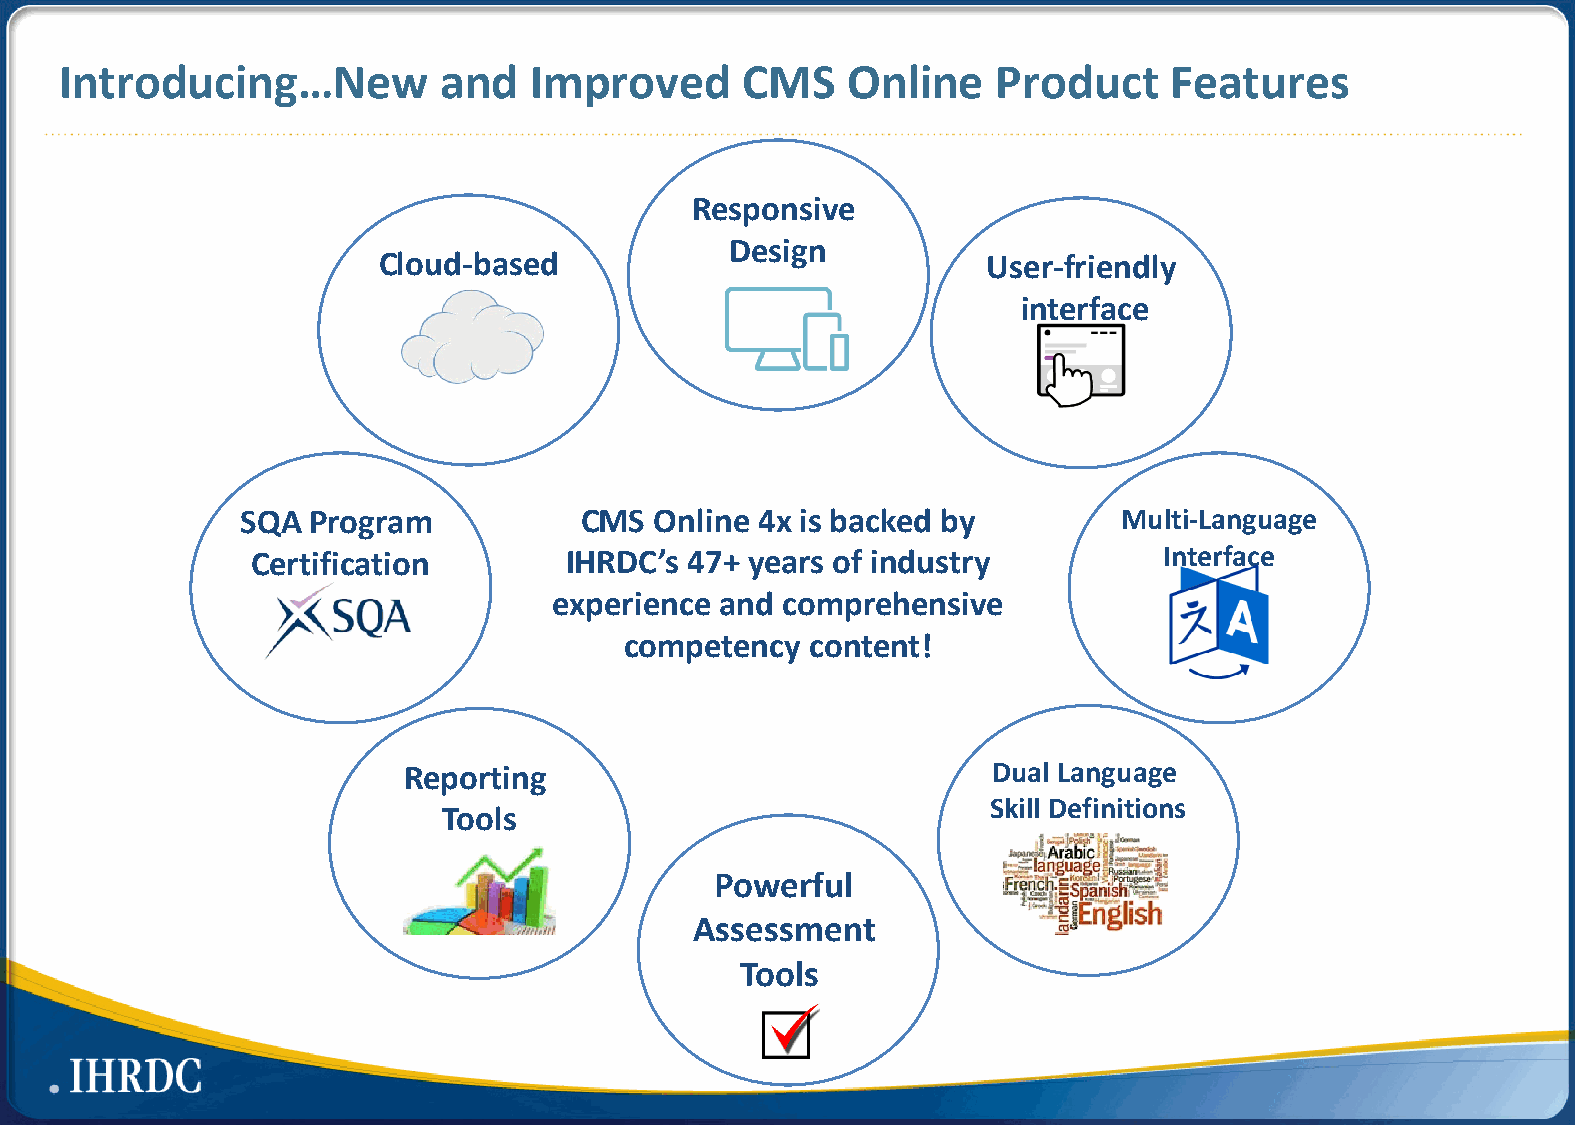
Introducing…New          and   Improved      CMS    Online    Product     Features
 Responsive
 Design
 Cloud-based                             User-friendly
 interface
 SQA Program           CMS  Online 4x is backed by         Multi-Language
 Certification       IHRDC’s  47+ years of industry          Interface
 experience and comprehensive
 competency   content!
 Reporting                              Dual Language
 Skill Definitions
 Tools
 Powerful
 Assessment
 Tools